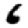
Digit: 6